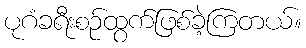
ပုဂံခရီးစဉ်ထွက်ဖြစ်ခဲ့ကြတယ်။